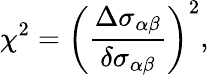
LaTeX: \chi^{2}=\left(\frac{\Delta\sigma_{\alpha\beta}}{\delta\sigma_{\alpha\beta}}\right)^{2},